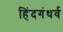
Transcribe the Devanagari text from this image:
हिंदगंधर्व